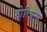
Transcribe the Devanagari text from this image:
डोरियन्स